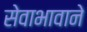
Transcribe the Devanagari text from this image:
सेवाभावाने